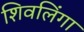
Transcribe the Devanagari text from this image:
शिवलिंगा